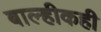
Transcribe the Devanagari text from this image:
बाल्हीकही